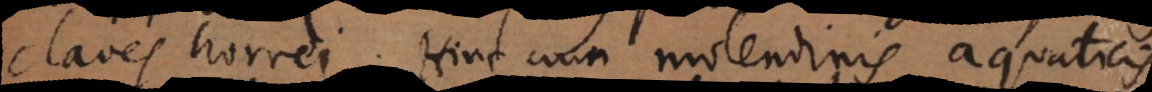
claves horrei. Hinc cum molendinis aquaticis